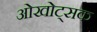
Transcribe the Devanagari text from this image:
ओखोट्सक